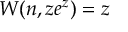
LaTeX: W ( n , z e ^ { z } ) = z